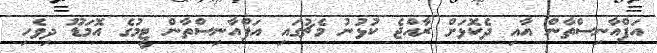
އަފްއާނިސްތާން އާއި ދެކޮޅަށް ރާއްޖެ ކުޅުނު މެޗުގައި އަފްއާނިސްތާން ޓީމުގެ އޮމަޑޫ ދިވެހި